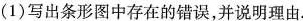
(1)写出条形图中存在的错误，并说明理由.